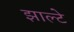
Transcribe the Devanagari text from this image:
झाल्टे